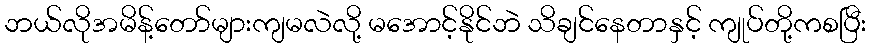
ဘယ်လိုအမိန့်တော်များကျမလဲလို့ မအောင့်နိုင်ဘဲ သိချင်နေတာနှင့် ကျုပ်တို့ကစပြီး